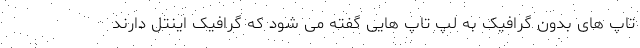
تاپ های بدون گرافیک به لپ تاپ هایی گفته می شود که گرافیک اینتل دارند